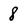
Character: 8